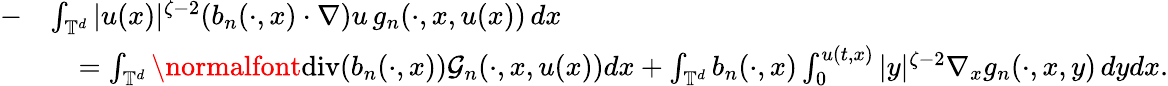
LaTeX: \begin{array}{rl}{-}&{\int_{{\mathbb T}^{d}}|u(x)|^{\zeta-2}(b_{n}(\cdot,x)\cdot\nabla)u\, g_{n}(\cdot,x,u(x))\, dx}\\ &{\quad=\int_{{\mathbb T}^{d}}\normalfont{\mathrm{div}}(b_{n}(\cdot,x))\mathcal{G}_{n}(\cdot,x,u(x))dx+\int_{{\mathbb T}^{d}}b_{n}(\cdot,x)\int_{0}^{u(t,x)}|y|^{\zeta-2}\nabla_{x}g_{n}(\cdot,x,y)\, dydx.}\end{array}